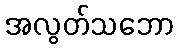
အလွတ်သဘော